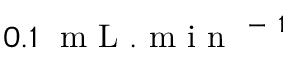
0 . 1 ~ \mathrm { ~ m ~ L ~ } . \mathrm { ~ m ~ i ~ n ~ } ^ { \mathrm { ~ - ~ } 1 }